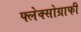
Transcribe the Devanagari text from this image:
फ्लेक्सोग्राफी